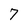
Character: 7